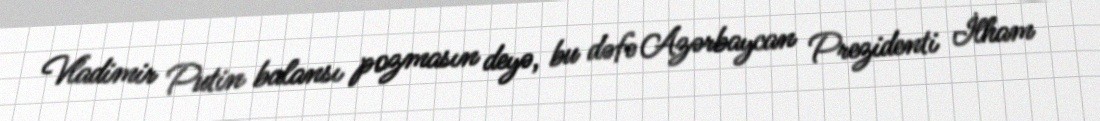
Vladimir Putin balansı pozmasın deyə, bu dəfə Azərbaycan Prezidenti İlham